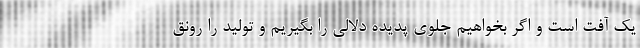
یک آفت است و اگر بخواهیم جلوی پدیده دلالی را بگیریم و تولید را رونق